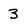
Character: 3